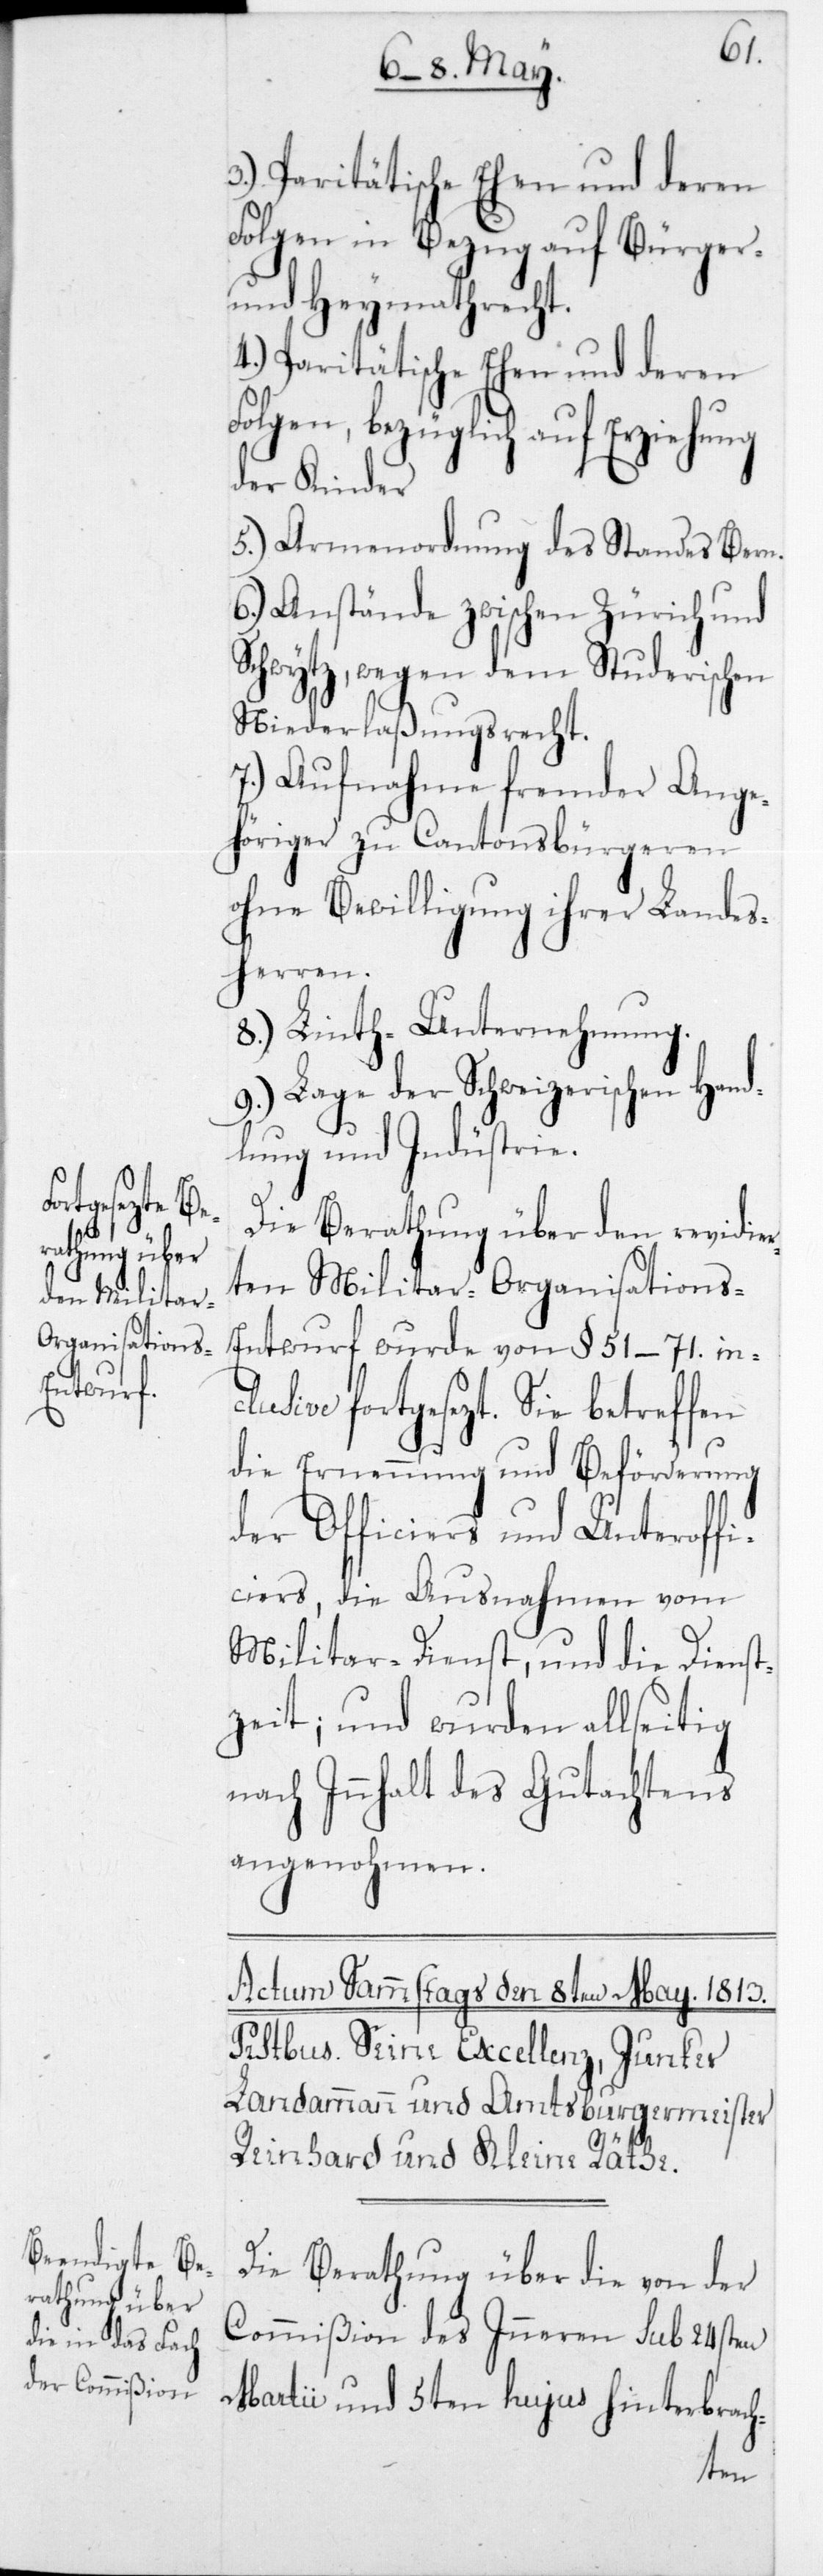
3.) Paritätische Ehen und deren
Folgen in Bezug auf Bürger-
und Heymathrecht.
4.) Paritätische Ehen und deren
Folgen, bezüglich auf Erziehung
der Kinder
5.) Armenordnung des Standes Bern.
6.) Anstände zwischen Zürich und
Schwytz, wegen dem Studerischen
Niederlaßungsrecht.
7.) Aufnahme fremder Ange¬
höriger zu Cantonsbürgeren
ohne Bewilligung ihrer Landes¬
herren.
8.) Linth-Unternehmung.
9.) Lage der Schweizerischen Hand¬
lung und Indüstrie.
Die Berathung über den revidie¬
rten Militar-Organisations-E¬
ntwurf wurde von § 51–71 inc¬
lusive fortgesezt. Sie betreffen
die Ernennung und Beförderung
der Officiers und Unteroffi¬
ciers, die Ausnahmen vom
Militar-Dienst, und die Dienst¬
zeit; und wurden allseitig
nach Innhalt des Gutachtens
angenohmen.
Die Berathung über die von der
Commißion des Inneren sub 24sten
Martii und 5ten hujus hinterbrach-